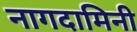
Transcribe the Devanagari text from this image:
नागदामिनी